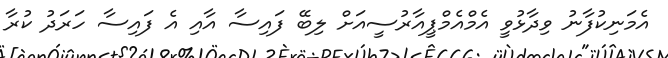
އެމަނިކުފާނު ވިދާޅުވީ އެމްއެމްޕީއާރުސީއަށް ލިބޭ ފައިސާ އާއި އެ ފައިސާ ހަރަދު ކުރާ